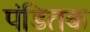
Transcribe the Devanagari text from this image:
पंडितक